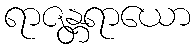
ရာဇန္တရာယော